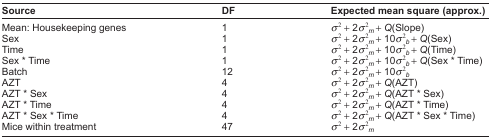
<table><thead><tr><td><b>Source</b></td><td><b>DF</b></td><td><b>Expected mean square (approx.)</b></td></tr></thead><tbody><tr><td>Mean: Housekeeping genes</td><td>1</td><td>σ<sup>2</sup> + 2σ<sup>2</sup><i><sub>m</sub></i> + <i>Q</i>(Slope)</td></tr><tr><td>Sex</td><td>1</td><td>σ<sup>2</sup> + 2σ<sup>2</sup><i><sub>m</sub></i> + 10σ<sup>2</sup><i><sub>b</sub></i> + <i>Q</i>(Sex)</td></tr><tr><td>Time</td><td>1</td><td>σ<sup>2</sup> + 2σ<sup>2</sup><i><sub>m</sub></i> + 10σ<sup>2</sup><i><sub>b</sub></i> + <i>Q</i>(Time)</td></tr><tr><td>Sex * Time</td><td>1</td><td>σ<sup>2</sup> + 2σ<sup>2</sup><i><sub>m</sub></i> + 10σ<sup>2</sup><i><sub>b</sub></i> + <i>Q</i>(Sex * Time)</td></tr><tr><td>Batch</td><td>12</td><td>σ<sup>2</sup> + 2σ<sup>2</sup><i><sub>m</sub></i> + 10σ<sup>2</sup><i><sub>b</sub></i></td></tr><tr><td>AZT</td><td>4</td><td>σ<sup>2</sup> + 2σ<sup>2</sup><i><sub>m</sub></i> + <i>Q</i>(AZT)</td></tr><tr><td>AZT * Sex</td><td>4</td><td>σ<sup>2</sup> + 2σ<sup>2</sup><i><sub>m</sub></i> + <i>Q</i>(AZT * Sex)</td></tr><tr><td>AZT * Time</td><td>4</td><td>σ<sup>2</sup> + 2σ<sup>2</sup><i><sub>m</sub></i> + <i>Q</i>(AZT * Time)</td></tr><tr><td>AZT * Sex * Time</td><td>4</td><td>σ<sup>2</sup> + 2σ<sup>2</sup><i><sub>m</sub></i> + <i>Q</i>(AZT * Sex * Time)</td></tr><tr><td>Mice within treatment</td><td>47</td><td>σ<sup>2</sup> + 2σ<sup>2</sup><i><sub>m</sub></i></td></tr></tbody></table>